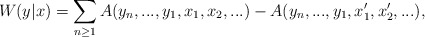
\begin{align*} W(y|x)=\sum_{n\geq 1}A(y_n,...,y_1,x_1,x_2,...)-A(y_n,...,y_1,x_1',x_2',...), \end{align*}